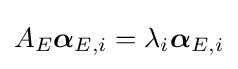
A_{E}{\boldsymbol {\alpha }}_{E,i}=\lambda _{i}{\boldsymbol {\alpha }}_{E,i}